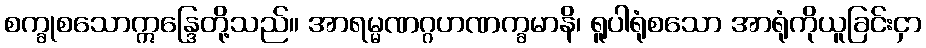
စက္ခုစသောဣန္ဒြေတို့သည်။ အာရမ္မဏဂ္ဂဟဏက္ခမာနိ၊ ရူပါရုံစသော အာရုံကိုယူခြင်းငှာ